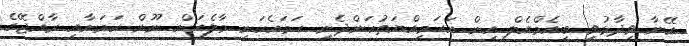
އޭނާ ވިދާޅުވީ ބީއެމްއެލް އިން އަހަމިއްޔަތުކަންދެނީ ހަމައެކަނި މާލެއަށް ނޫން ކަމަށާއި ރާއްޖޭގެ